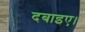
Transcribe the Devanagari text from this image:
दबाइए।